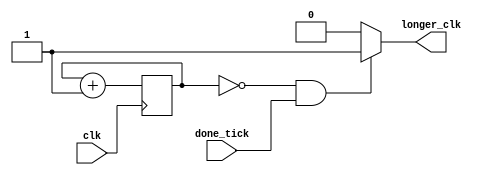
`timescale 1ns / 1ps

//
//////////////////////////////////////////////////////////////////////////////////
module hold_display(
	input wire clk, done_tick,
	output wire longer_clk
    );
	
	reg [19:0] delayer;
	
	always @ (posedge clk)
		delayer <= delayer + 1;
//	assign longer_clk = (done_tick) ? 1 : 0;
	assign longer_clk = (delayer == 0 & done_tick == 1) ? 1: 0;

endmodule// hold_display